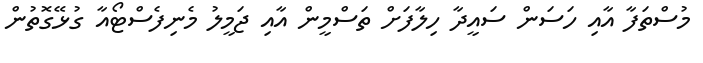
މުސްތަފާ އާއި ހަސަން ސައީދާ ހިލާފަށް ތަސްމީން އާއި ޖަމީލު މެނިފެސްޓޯއާ ގުޅޭގޮތުން